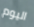
اليوم